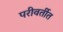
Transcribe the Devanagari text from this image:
परीवर्तीत